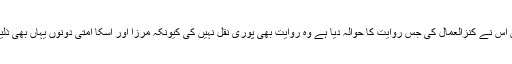
اور یہی نہیں اس نے کنزالعمال کی جس روایت کا حوالہ دیا ہے وہ روایت بھی پوری نقل نہیں کی کیونکہ مرزا اور اسکا امتی دونوں یہاں بھی ذلیل ہوتے ہیں۔